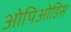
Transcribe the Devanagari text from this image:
ओपिओडिस